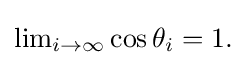
{\textstyle \lim _{i\to \infty }\cos \theta _{i}=1.}